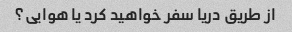
از طریق دریا سفر خواهید کرد یا هوایی؟